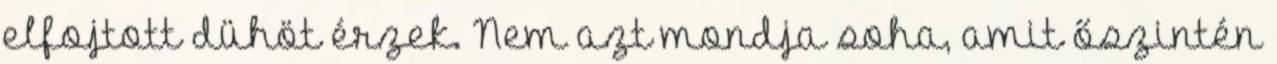
elfojtott dühöt érzek. Nem azt mondja soha, amit őszintén